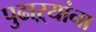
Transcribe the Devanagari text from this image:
पुढाऱ्यांना